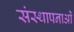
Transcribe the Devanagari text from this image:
संस्‍थापनाओं